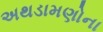
અથડામણોના